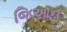
જિઆન